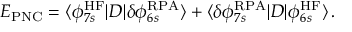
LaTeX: E _ { \mathrm { P N C } } = \langle \phi _ { 7 s } ^ { \mathrm { H F } } | D | \delta \phi _ { 6 s } ^ { \mathrm { R P A } } \rangle + \langle \delta \phi _ { 7 s } ^ { \mathrm { R P A } } | D | \phi _ { 6 s } ^ { \mathrm { H F } } \rangle \, .